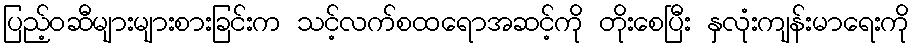
ပြည့်ဝဆီများများစားခြင်းက သင့်လက်စထရောအဆင့်ကို တိုးစေပြီး နှလုံးကျန်းမာရေးကို